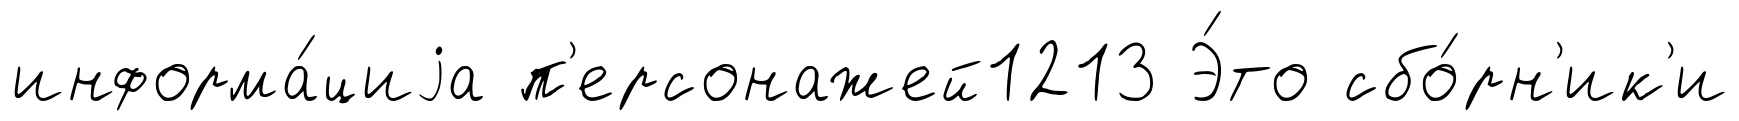
информа́циjа п'ерсонажей1213 Э́то сбо́рн'ик'и